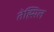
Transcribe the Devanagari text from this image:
तेह्सिल